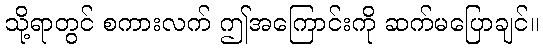
သို့ရာတွင် စကားလက် ဤအကြောင်းကို ဆက်မပြောချင်။